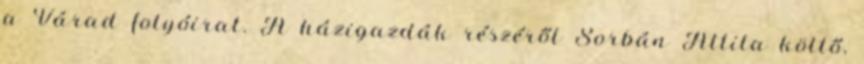
a Várad folyóirat. A házigazdák részéről Sorbán Attila költő,